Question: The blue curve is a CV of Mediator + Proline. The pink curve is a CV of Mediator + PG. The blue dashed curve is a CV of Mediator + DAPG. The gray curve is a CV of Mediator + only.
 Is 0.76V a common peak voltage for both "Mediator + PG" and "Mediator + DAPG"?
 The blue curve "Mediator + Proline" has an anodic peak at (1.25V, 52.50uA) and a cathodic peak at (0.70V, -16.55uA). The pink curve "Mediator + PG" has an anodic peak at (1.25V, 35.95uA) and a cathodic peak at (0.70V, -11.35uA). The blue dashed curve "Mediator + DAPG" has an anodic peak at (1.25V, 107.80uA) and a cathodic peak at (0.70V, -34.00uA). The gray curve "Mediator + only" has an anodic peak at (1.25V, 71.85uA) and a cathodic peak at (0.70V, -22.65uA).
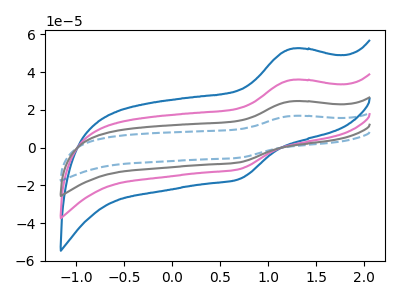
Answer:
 <answer>No, "Mediator + PG" and "Mediator + DAPG" dont share a peak at 0.76V.</answer>
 <eval>mismatch</eval>